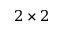
2 \times 2